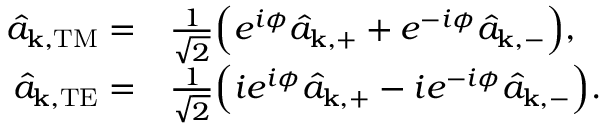
\begin{array} { r l } { \hat { a } _ { \mathbf { k } , \mathrm { T M } } = } & { \frac { 1 } { \sqrt { 2 } } \Big ( e ^ { i \phi } \hat { a } _ { \mathbf { k } , + } + e ^ { - i \phi } \hat { a } _ { \mathbf { k } , - } \Big ) , } \\ { \hat { a } _ { \mathbf { k } , \mathrm { T E } } = } & { \frac { 1 } { \sqrt { 2 } } \Big ( i e ^ { i \phi } \hat { a } _ { \mathbf { k } , + } - i e ^ { - i \phi } \hat { a } _ { \mathbf { k } , - } \Big ) . } \end{array}